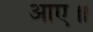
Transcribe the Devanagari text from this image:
आए॥